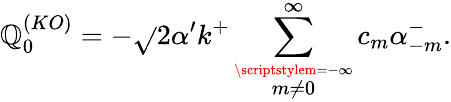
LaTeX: \mathbb{Q}_{0}^{(KO)}=-\sqrt{}{{2\alpha^{\prime}}}k^{+}\sum_{\stackrel{\scriptstylem=-\infty}{m\neq0}}^{\infty}c_{m}\alpha_{-m}^{-}.